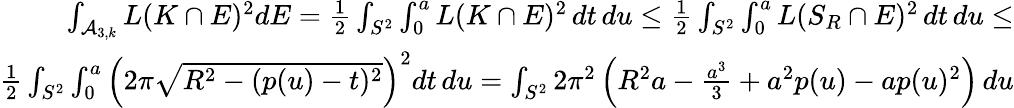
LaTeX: \begin{array}{r}{\int_{\mathcal{A}_{3,k}}L(K\cap E)^{2}dE=\frac{1}{2}\int_{S^{2}}\int_{0}^{a}L(K\cap E)^{2}\, dt\, du\leq\frac{1}{2}\int_{S^{2}}\int_{0}^{a}L(S_{R}\cap E)^{2}\, dt\, du\leq}\\ {\frac{1}{2}\int_{S^{2}}\int_{0}^{a}\left(2\pi\sqrt{R^{2}-(p(u)-t)^{2}}\right)^{2}dt\, du=\int_{S^{2}}2\pi^{2}\left(R^{2}a-\frac{a^{3}}{3}+a^{2}p(u)-ap(u)^{2}\right)\, du}\end{array}